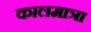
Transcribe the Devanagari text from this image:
कालमात्रा